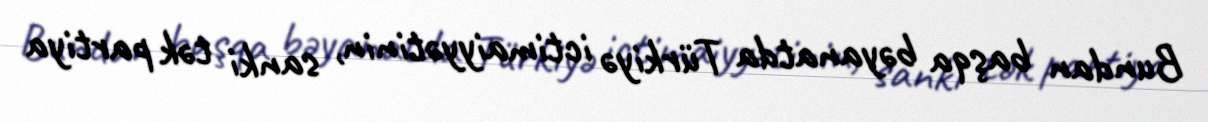
Bundan başqa bəyanatda Türkiyə ictimaiyyətinin, sanki tək partiya